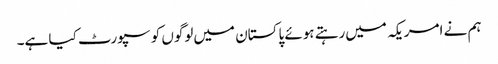
ہم نے امریکہ میں‌رہتے ہوئے پاکستان میں‌لوگوں کو سپورٹ کیا ہے۔